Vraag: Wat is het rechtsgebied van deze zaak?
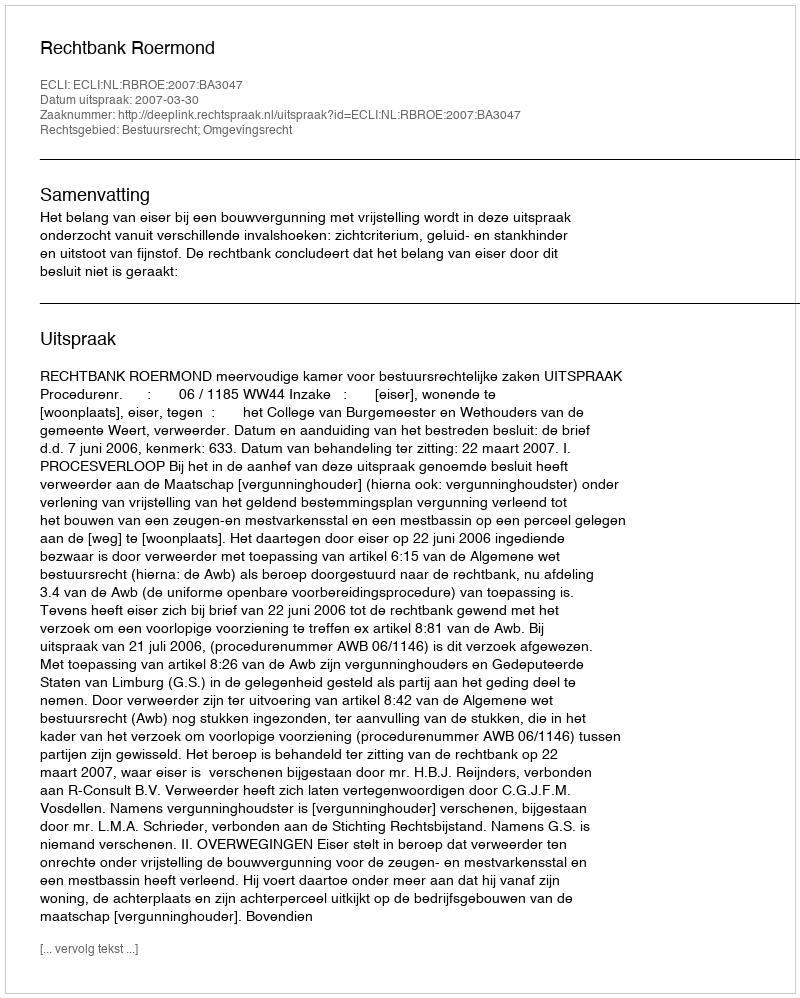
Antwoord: Bestuursrecht; Omgevingsrecht